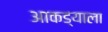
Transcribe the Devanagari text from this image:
आकड्याला